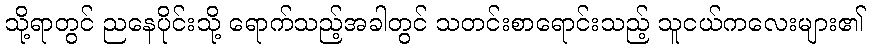
သို့ရာတွင် ညနေပိုင်းသို့ ရောက်သည့်အခါတွင် သတင်းစာရောင်းသည့် သူငယ်ကလေးများ၏